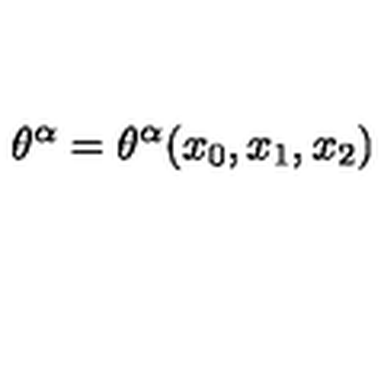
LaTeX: \theta ^ { \alpha } = \theta ^ { \alpha } ( x _ { 0 } , x _ { 1 } , x _ { 2 } )